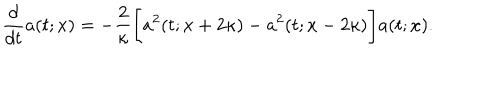
\frac { d } { d t } a ( t ; x ) = - \frac { 2 } { \kappa } \Bigg [ a ^ { 2 } ( t ; x + 2 \kappa ) - a ^ { 2 } ( t ; x - 2 \kappa ) \Bigg ] a ( t ; x ) .